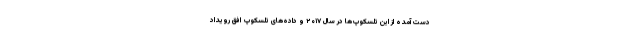
دست آمده از این تلسکوپ‌ها در سال ۲۰۱۷ و داده‌های تلسکوپ افق رویداد